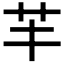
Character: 𦬒